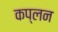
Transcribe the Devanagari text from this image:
कप्लन